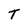
Character: T